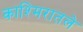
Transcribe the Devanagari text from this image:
काश्मिरातले